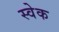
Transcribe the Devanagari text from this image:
स्वेक